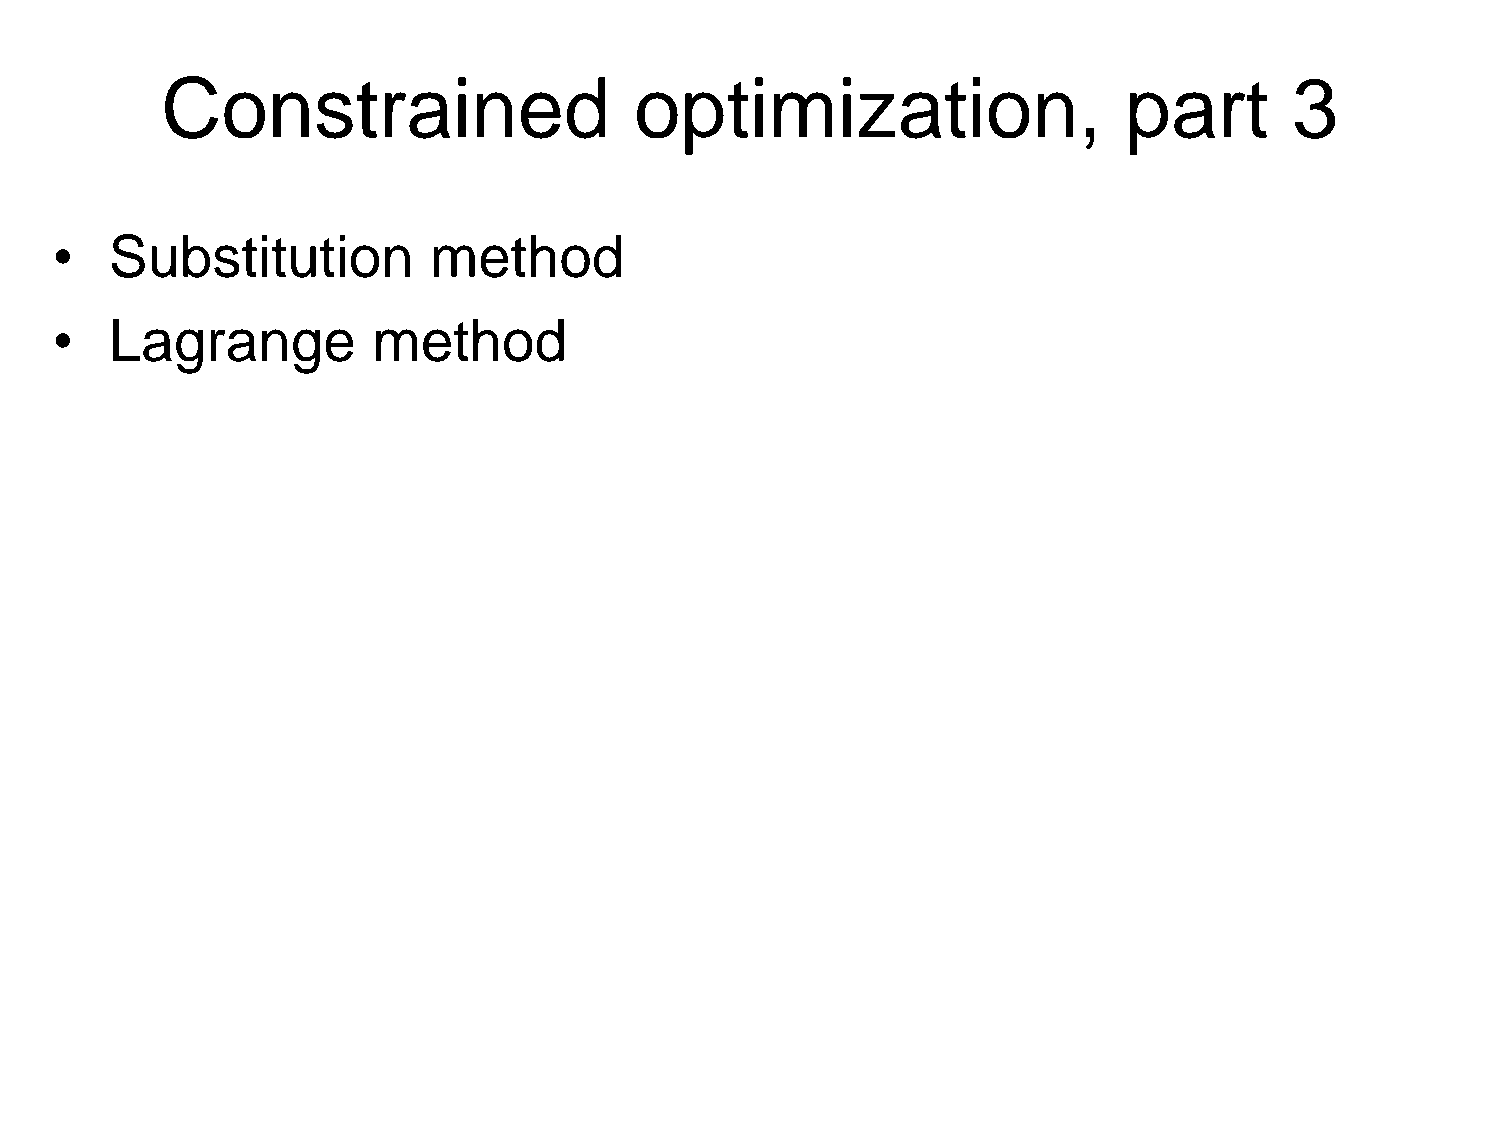
Constrained                    optimization,                   part        3
 •   Substitution         method
 •   Lagrange          method